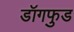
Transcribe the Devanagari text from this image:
डॉगफुड